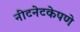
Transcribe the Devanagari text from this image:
नीटनेटकेपणे